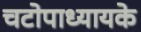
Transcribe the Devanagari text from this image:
चटोपाध्यायके